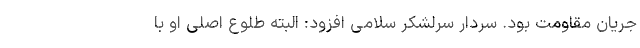
جریان مقاومت بود. سردار سرلشکر سلامی افزود: البته طلوع اصلی او با